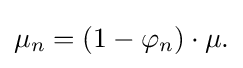
\displaystyle {\mu _{n}=(1-\varphi _{n})\cdot \mu .}